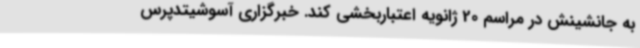
به جانشینش در مراسم 20 ژانویه اعتباربخشی کند. خبرگزاری آسوشیتدپرس